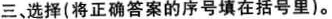
三、选择(将正确答案的序号填在括号里)。